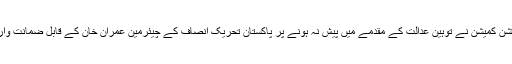
یاد رہے 14 ستمبر کو بھی الیکشن کمیشن نے توہین عدالت کے مقدمے میں پیش نہ ہونے پر پاکستان تحریک انصاف کے چیئرمین عمران خان کے قابل ضمانت وارنٹ گرفتاری جاری کیے تھے۔